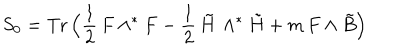
S _ { 0 } = \mathrm { T r } \, \Bigl ( \frac { 1 } { 2 } \, F \wedge ^ { \ast } F - \frac { 1 } { 2 } \, \tilde { H } \, \wedge ^ { \ast } { \tilde { H } } + m \, F \wedge \tilde { B } \Bigr )